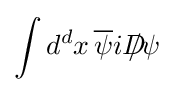
\int d^{d}x\,{\overline {\psi }}iD\!\!\!\!/\psi